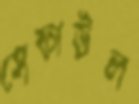
সেফাউল